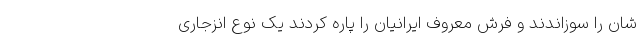
شان را سوزاندند و فرش معروف ایرانیان را پاره کردند یک نوع انزجاری